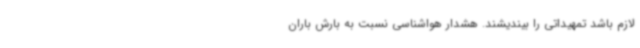
لازم باشد تمهیداتی را بیندیشند. هشدار هواشناسی نسبت به بارش باران